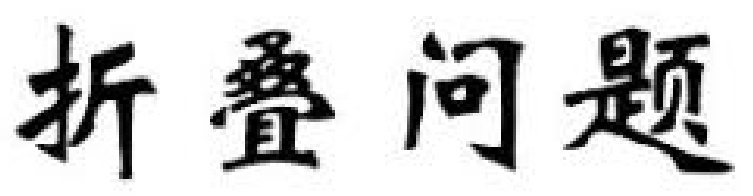
折叠问题